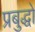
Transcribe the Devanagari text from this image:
प्रबुद्धो